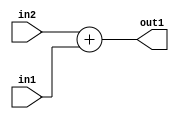
`timescale 1ps / 1ps
/*****************************************************************************
    Verilog RTL Description
    
    
    Created by: Stratus DpOpt 2019.1.01 
*******************************************************************************/

module DC_Filter_Add_12Ux9U_12U_4 (
	in2,
	in1,
	out1
	); /* architecture "behavioural" */ 
input [11:0] in2;
input [8:0] in1;
output [11:0] out1;
wire [11:0] asc001;

assign asc001 = 
	+(in2)
	+(in1);

assign out1 = asc001;
endmodule

/* CADENCE  urn0TAw= : u9/ySgnWtBlWxVPRXgAZ4Og= ** DO NOT EDIT THIS LINE ******/